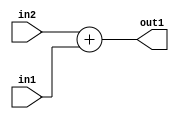
`timescale 1ps / 1ps
/*****************************************************************************
    Verilog RTL Description
    
    
    Created by: Stratus DpOpt 2019.1.01 
*******************************************************************************/

module DC_Filter_Add_12Ux9U_12U_4 (
	in2,
	in1,
	out1
	); /* architecture "behavioural" */ 
input [11:0] in2;
input [8:0] in1;
output [11:0] out1;
wire [11:0] asc001;

assign asc001 = 
	+(in2)
	+(in1);

assign out1 = asc001;
endmodule

/* CADENCE  urn0TAw= : u9/ySgnWtBlWxVPRXgAZ4Og= ** DO NOT EDIT THIS LINE ******/